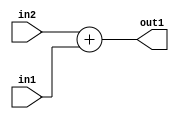
`timescale 1ps / 1ps
/*****************************************************************************
    Verilog RTL Description
    
    
    Created by: Stratus DpOpt 2019.1.01 
*******************************************************************************/

module DC_Filter_Add_12Ux9U_12U_4 (
	in2,
	in1,
	out1
	); /* architecture "behavioural" */ 
input [11:0] in2;
input [8:0] in1;
output [11:0] out1;
wire [11:0] asc001;

assign asc001 = 
	+(in2)
	+(in1);

assign out1 = asc001;
endmodule

/* CADENCE  urn0TAw= : u9/ySgnWtBlWxVPRXgAZ4Og= ** DO NOT EDIT THIS LINE ******/